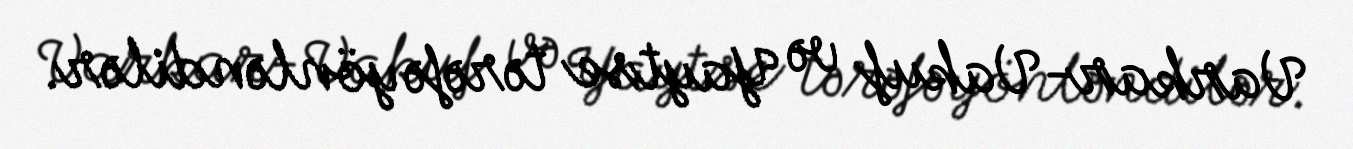
Varkar-Vakuf və Yaytse tərəfə yönləndilər.